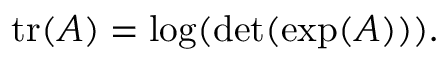
\operatorname { t r } ( A ) = \log ( \operatorname* { d e t } ( \exp ( A ) ) ) .